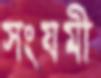
সংযমী